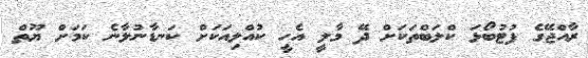
ރާއްޖޭގެ ފުޓުބޯޅަ ކްލަބްތަކަށް ދޭ މާލީ އެހީ ކުއްލިއަކަށް ކަނޑާނުލާނެ ކަމަށް ޔޫތް